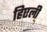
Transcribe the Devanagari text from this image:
हिएली